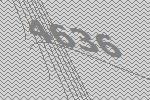
4636